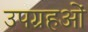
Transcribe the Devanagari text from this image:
उपग्रहओं